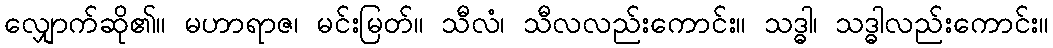
လျှောက်ဆို၏။ မဟာရာဇ၊ မင်းမြတ်။ သီလံ၊ သီလလည်းကောင်း။ သဒ္ဓါ၊ သဒ္ဓါလည်းကောင်း။